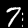
Digit: 7